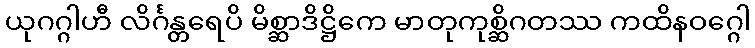
ယုဂဂ္ဂါဟီ လိင်္ဂန္တရေပိ မိစ္ဆာဒိဋ္ဌိကေ မာတုကုစ္ဆိဂတဿ ကထိနဝဂ္ဂေါ